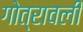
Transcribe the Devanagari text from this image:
गोत्रावली